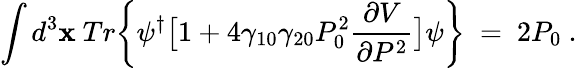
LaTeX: \int d^{3}{\mathbf x}\ Tr\bigg\{ \psi^{\dagger}\big[1+4\gamma_{10}\gamma_{20}P_{0}^{2}\frac{\partial V}{\partial P^{2}}\big]\psi\bigg\} \ =\ 2P_{0}\ .